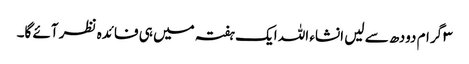
۳ گرام دودھ سے لیں انشاء اللہ ایک ہفتہ میں ہی فائدہ نظر آئے گا۔